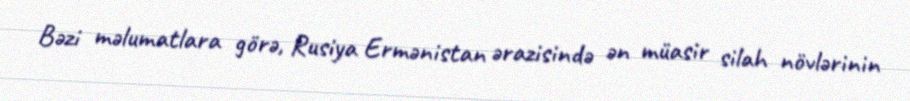
Bəzi məlumatlara görə, Rusiya Ermənistan ərazisində ən müasir silah növlərinin